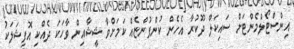
އިންސްޓޯލްމެންޓަށް ސައިކަލް ދޫކުރާ އެހެން ކުންފުންޏެއް ކަމަށްވާ ޝީޝާއިން ވާހަކަ ދެއްކި އޮފިޝަލަކު